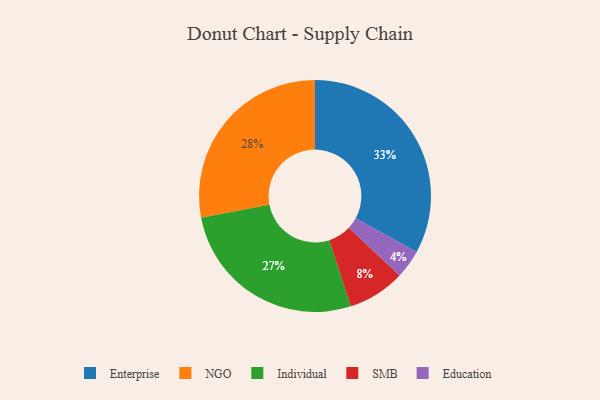
{"axis": {"x": "Category", "y": "Percentage"}, "legend": ["Education", "Enterprise", "Individual", "NGO", "SMB"], "data": [{"x": "SMB", "y": 8, "type": "SMB"}, {"x": "Enterprise", "y": 33, "type": "Enterprise"}, {"x": "Education", "y": 4, "type": "Education"}, {"x": "NGO", "y": 28, "type": "NGO"}, {"x": "Individual", "y": 27, "type": "Individual"}]}